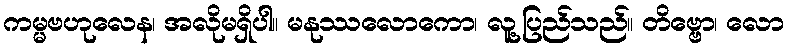
ကမ္မဗဟုလေန၊ အလိုမရှိပါ။ မနုဿလောကော၊ လူ့ပြည်သည်။ တိဗ္ဗော၊ လော